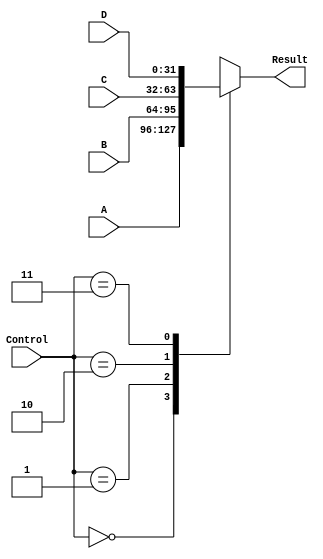
`timescale 1ns / 1ps

module DataSelector_4to1(A, B, C, D, Control, Result);
    input [31:0] A, B, C, D;
    input [1:0]Control;
    output reg[31:0] Result;
    
    always @(Control or A or B or C or D) begin
        case(Control)
            2'b00: Result = A;
            2'b01: Result = B;
            2'b10: Result = C;
            2'b11: Result = D;
            default: Result = 0;
        endcase
    end

endmodule